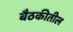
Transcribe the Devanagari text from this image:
बैठकीतील